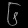
Digit: ၆